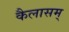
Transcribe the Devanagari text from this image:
कैलासम्‌